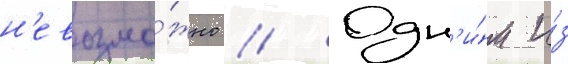
н'евозмо́жно // Одн'и́м и́з